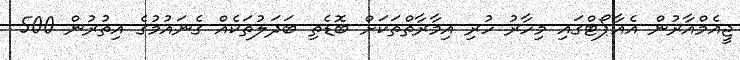
ޖީއެމްއާރުން އެއާޕޯޓްގައި މިހާރު ހުރި އިމާރާތްތަކަށް ބޮޑެތި ބަދަލުތަކެއް ގެނައުމުގެ އިތުރުން 500